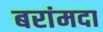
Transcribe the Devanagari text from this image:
बरांमदा